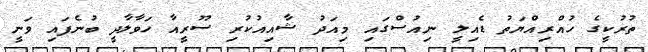
ތުރުކީގެ ހުއްރިއްޔަތު ޑެއިލީ ނިއުސްގައި މިއަދު ޝާއިއުކުރި ސޫރީއާ ހަވާލާދީ ބުނެފައި ވަނީ